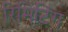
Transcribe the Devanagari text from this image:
रिमिटिंग